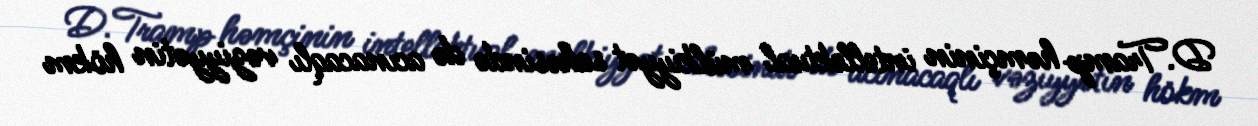
D.Tramp həmçinin intellektual mülkiyyət sahəsində də acınacaqlı vəziyyətin hökm